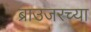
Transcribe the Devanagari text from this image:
ब्राउजरच्या